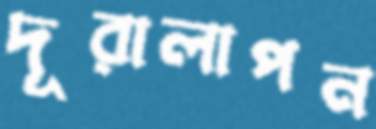
দূরালাপন